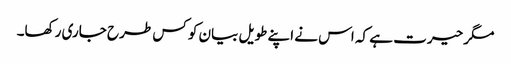
مگر حیرت ہے کہ اس نے اپنے طویل بیان کو کس طرح جاری رکھا۔